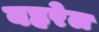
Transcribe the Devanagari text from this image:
बहरेल